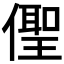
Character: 𠏄